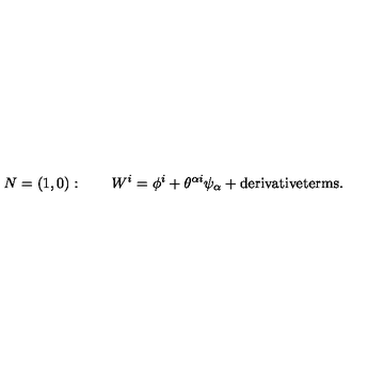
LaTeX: N = ( 1 , 0 ) : \qquad W ^ { i } = \phi ^ { i } + \theta ^ { \alpha i } \psi _ { \alpha } + \mathrm { \small d e r i v a t i v e t e r m s } .